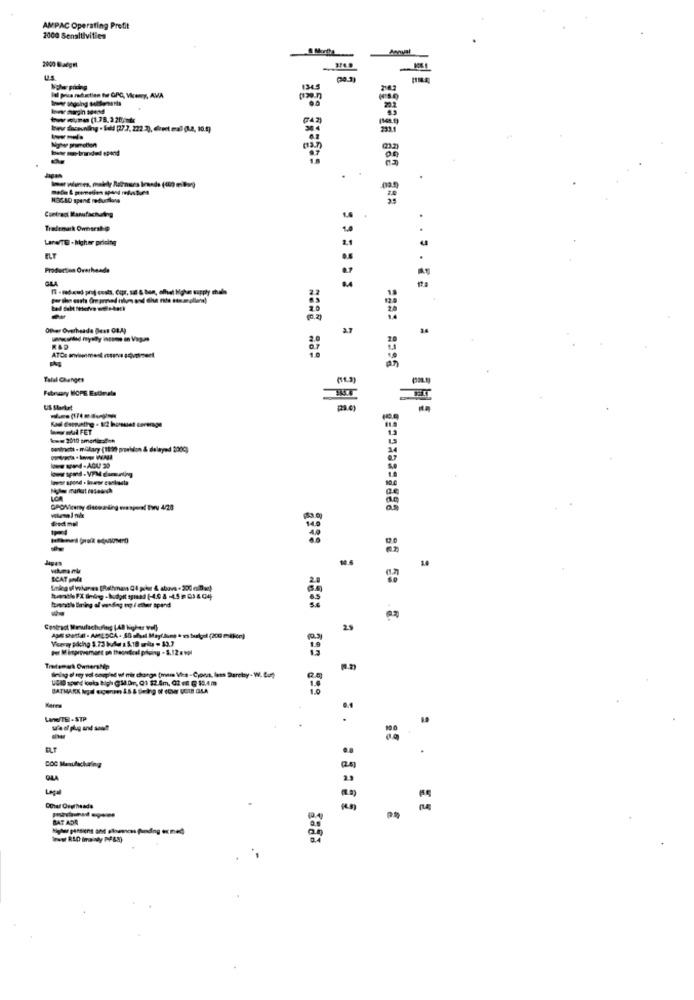
AMPAC Operating Profit
2000 Sensitivities
2000 Badgm
-
Now pildng
lal price radastien fur GPC, Mamy, AMA
WW.Euro (1.78.325-tx
Mov promotion
Contract Manufacturing
Traltmark Ownorske
Lane/TE - higher prisite
ELT
Production Overheads
GRA
1 -radoud prof costs, Capr, sat & ban, ofhet Hohe supply chain
. . . ..
Other Overheads Best OBA)
3.7
------
Talal Changes
Fabrzary HOPE Estimate
Www FET
== 2010 smerter:8-#
pentracti - mikary (199 provision & delayed 200℃)
oww spend- VPM damounting
SCAT goda
Ening of Volanes [Rothmans 04 poker & above . 200 miDwe)
Itreacle timing of wending og / eller spend
Contract Manufacturing (48 higher vel)
25
Viseray pdcing 3.73 bullet 1 5.10 grita = $3.7
Por Mimgreesmart oh theoretical prluing - 5. 12 . wol
Telemark Ownership
( 2)
LAITE -STP
.
.
24)
Legal
Other Overheads
BAT ADA